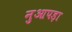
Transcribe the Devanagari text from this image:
नुआपड़ा